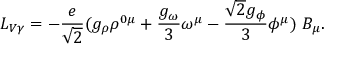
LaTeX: { \cal L } _ { V \gamma } = - { \frac { e } { \sqrt { 2 } } } ( g _ { \rho } \rho ^ { 0 \mu } + { \frac { g _ { \omega } } { 3 } } \omega ^ { \mu } - { \frac { \sqrt { 2 } g _ { \phi } } { 3 } } \phi ^ { \mu } ) ~ B _ { \mu } .